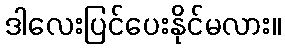
ဒါလေးပြင်ပေးနိုင်မလား။